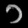
Digit: ၁